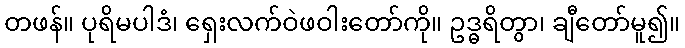
တဖန်။ ပုရိမပါဒံ၊ ရှေးလက်ဝဲဖဝါးတော်ကို။ ဥဒ္ဓရိတွာ၊ ချီတော်မူ၍။